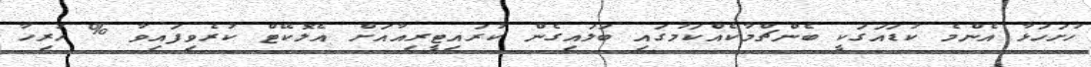
ހުށަހަޅާ އެންމެ ކުޑައަގަކީ ބެންޗްމާކެއްކަމުގައި ބަލައިގެން ކުރައިޓީރިއާއަށް އެލޮކޭޓް ކުރެވިފައިވާ % ހުރިހާ